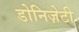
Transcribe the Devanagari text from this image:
डोनिज़ेटी